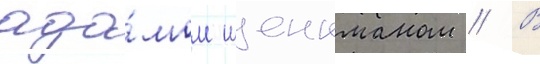
ада́мом шенкманом // В